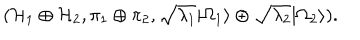
( { \cal H } _ { 1 } \oplus { \cal H } _ { 2 } , \pi _ { 1 } \oplus \pi _ { 2 } , \sqrt { \lambda _ { 1 } } | \Omega _ { 1 } \rangle \oplus \sqrt { \lambda _ { 2 } } | \Omega _ { 2 } \rangle ) .